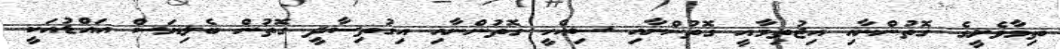
ތިމާވެށީގެ ގޮތުންނާއި އިޖުތިމާއީ ގޮތުންނާއި ސިއްހީ ގޮތުންނާއި އިގުތިސާދީ ގޮތުން ބެލިޔަސް އައްޑުއަކީ